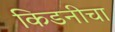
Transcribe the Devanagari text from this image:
किडनीचा